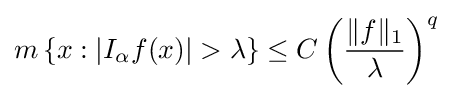
m\left\{x:\left|I_{\alpha }f(x)\right|>\lambda \right\}\leq C\left({\frac {\|f\|_{1}}{\lambda }}\right)^{q}